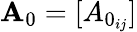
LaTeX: {\mathbf A}_{0}=[A_{0_{ij}}]